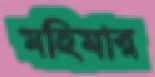
মহিমার